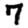
Digit: 7